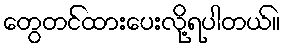
တွေတင်ထားပေးလို့ရပါတယ်။